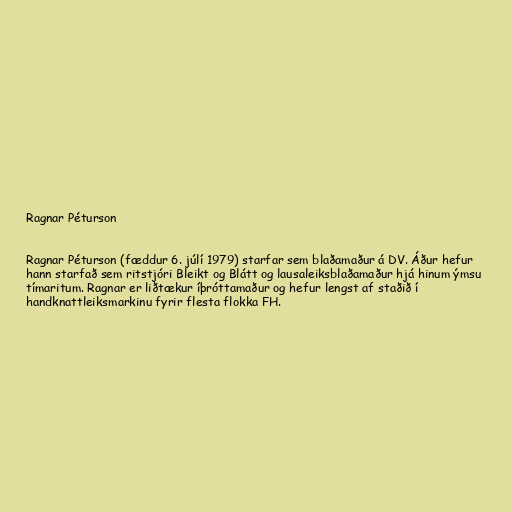
Ragnar Péturson

Ragnar Péturson (fæddur 6. júlí 1979) starfar sem blaðamaður á DV. Áður hefur
hann starfað sem ritstjóri Bleikt og Blátt og lausaleiksblaðamaður hjá hinum ýmsu
tímaritum. Ragnar er liðtækur íþróttamaður og hefur lengst af staðið í
handknattleiksmarkinu fyrir flesta flokka FH.